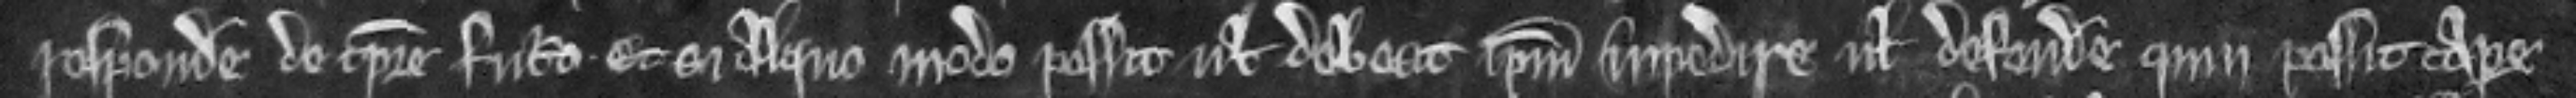
respondere de tempore futuro et si aliquo modo possit vel debeat ipsum impedire vel defendere quin possit capere